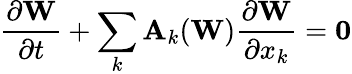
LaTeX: \frac{\partial\mathbf{W}}{\partial t}+\sum_{k}\mathbf{A}_{k}(\mathbf{W})\frac{\partial\mathbf{W}}{\partial x_{k}}=\mathbf{0}